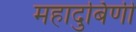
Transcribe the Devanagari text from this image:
महादुर्बिणी